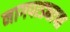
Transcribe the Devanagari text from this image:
नागपाड्याचा